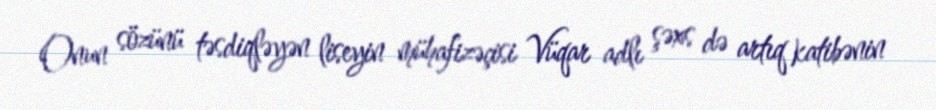
Onun sözünü təsdiqləyən liseyin mühafizəçisi Vüqar adlı şəxs də artıq katibənin